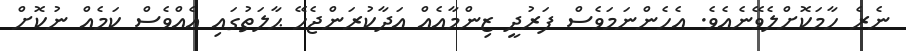
ނެރެ ހާމަކޮށްލެވޭނެއެވެ. އެހެންނަމަވެސް ފަރުދީ ޒިންމާއެއް އަދާކުރަންޖެހޭ ޙާލަތުގައި އެއްވެސް ކަމެއް ނުކޮށް